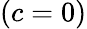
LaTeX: (c=0)